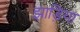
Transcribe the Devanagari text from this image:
झाड़िया